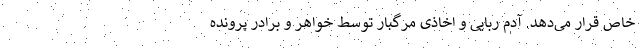
خاص قرار می‌دهد. آدم ربایی و اخاذی مرگبار توسط خواهر و برادر پرونده